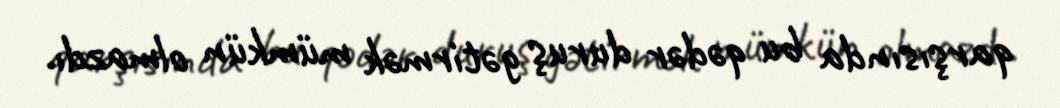
qarşısında bu qədər duruş gətirmək mümkün olmazdı.